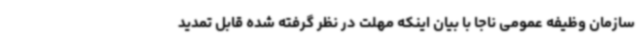
سازمان وظیفه عمومی ناجا با بیان اینکه مهلت در نظر گرفته شده قابل تمدید